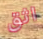
اثق